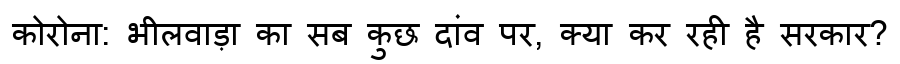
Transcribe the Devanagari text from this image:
कोरोना: भीलवाड़ा का सब कुछ दांव पर, क्या कर रही है सरकार?